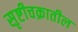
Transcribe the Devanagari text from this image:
सृष्टीचक्रातील